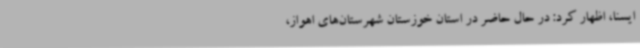
ایسنا، اظهار کرد: در حال حاضر در استان خوزستان شهرستان‌های اهواز،